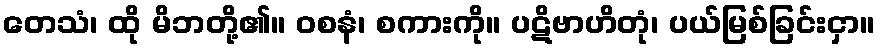
တေသံ၊ ထို မိဘတို့၏။ ဝစနံ၊ စကားကို။ ပဋိဗာဟိတုံ၊ ပယ်မြစ်ခြင်းငှာ။